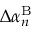
\Delta \alpha _ { n } ^ { \mathrm { B } }